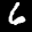
Label: 6